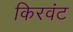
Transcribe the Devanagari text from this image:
किरवंट